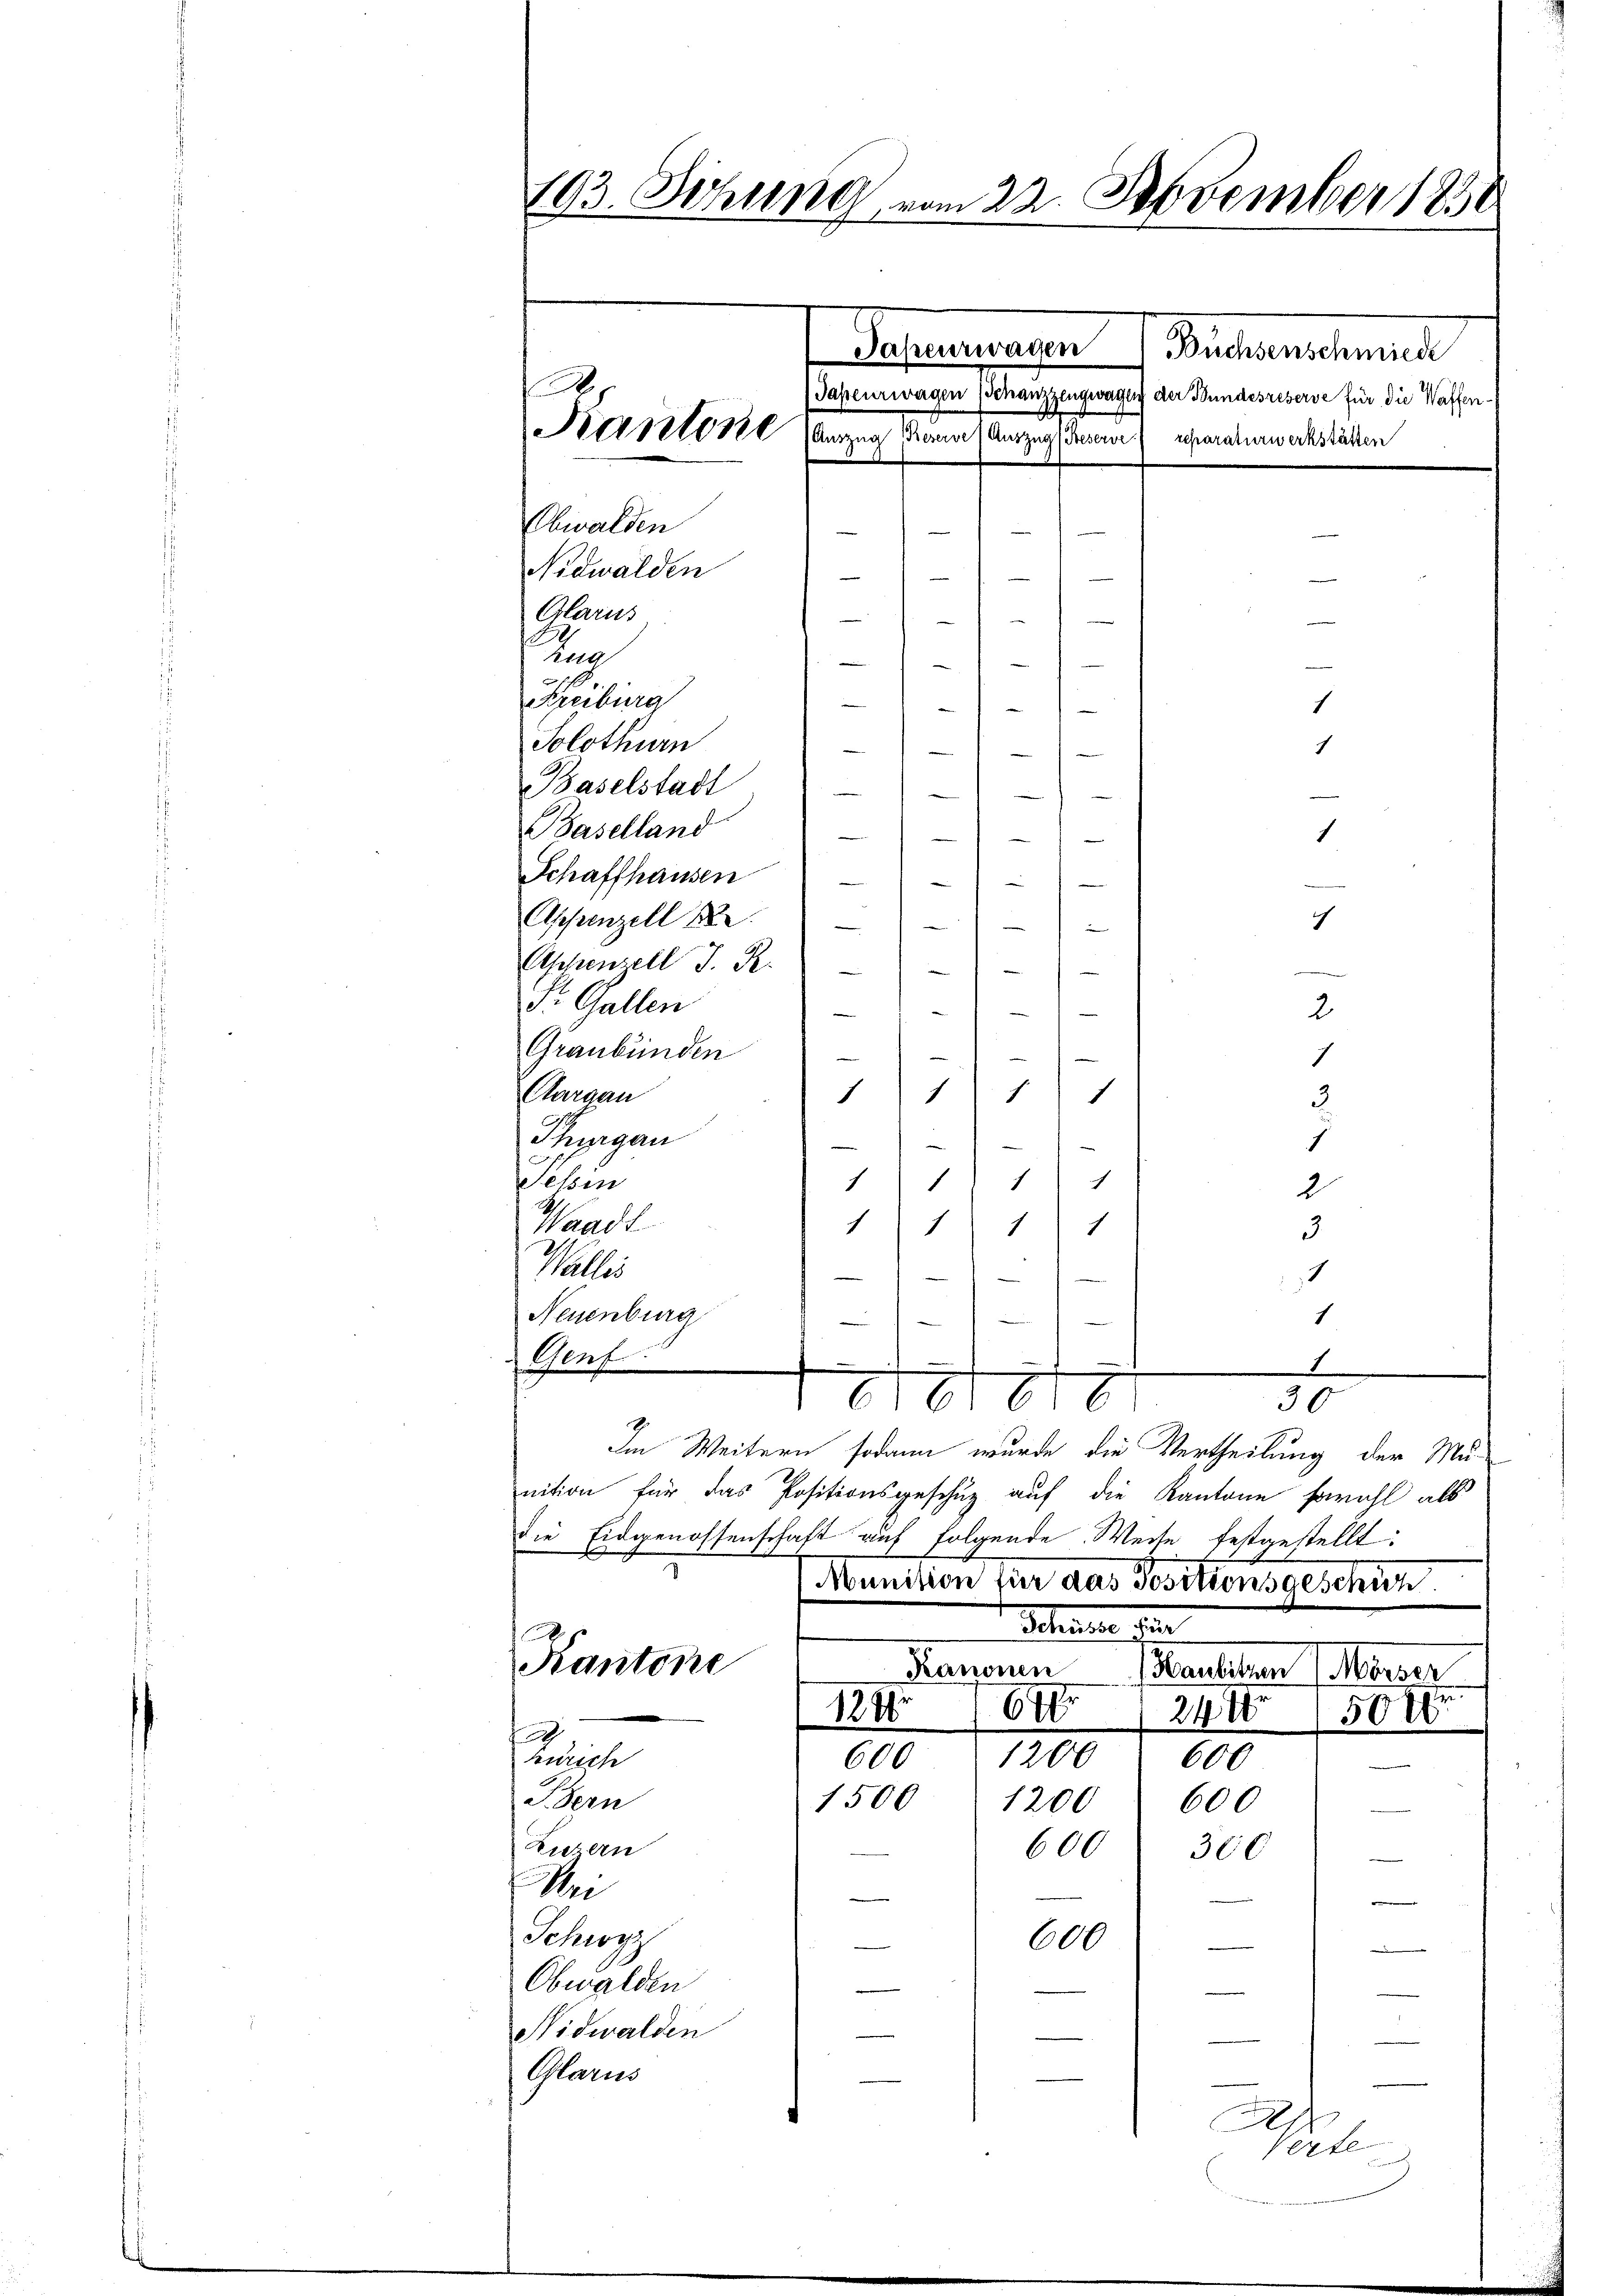
193. Sitzung vom 22. November 1850
Japeurwagen Büchsenschmiede
R
Tapeurwagen Schanzzugwagen der Bundesreserve für die Waffen.
Person (Auszug Keser Auszugs Geserer reparaturwerkstätten
Obwalden
Nidwalden
e
—
i
Olarus,

Ie
—
Keiburg
1
Solothurn
i
1
1
Baselstadt
—
1
Baselland
e
1
Schaffhausen
e
n
i
Appenzell A.
ich
u
Aschenzell I. R.
e
e
wie de
St. Gallen
e
2

e
1
1
f
Aargau
1
1
3
Thurgau
1
1
111) 111
Schin
2
1
Waadt
1
1
1
3
Valler
1
.
Neuenburg
1
Genf

m
661 616
30
Im Weitern sodann wurde die Vertheilung der Mu-
nition für das Positionsgeschuz auf die Kantone sowohl als
die Eidgenossenschaft auf folgende Weise festgestellt:

Graubünden

Munition für das Positionsgeschuh
Schreiben den
Kantone
Kanonen Paulinen 1. Marser
61.
1241.
24 500
.
600 " 1200 " 600
Zürich
Bern
1500 " 1200. 600
Zwern
600 300
Mei
e
Schwyz
600
d
Obwalden
Nidwalden
.
Glarus
A

Verte